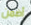
أضمن